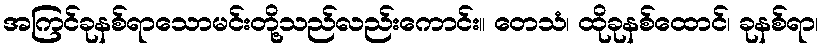
အကြင်ခုနစ်ရာသောမင်းတို့သည်လည်းကောင်း။ တေသံ၊ ထိုခုနစ်ထောင်၊ ခုနစ်ရာ၊